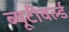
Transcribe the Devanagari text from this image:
ब्यूटीवर्ल्ड